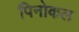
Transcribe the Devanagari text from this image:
पिनोकल